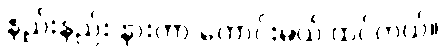
နည်းနည်း နားတာ ကောင်းမယ် ထင်တယ်။